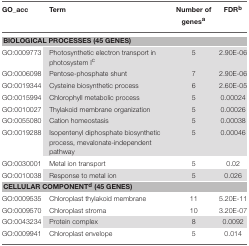
<table><thead><tr><td><b>GO_acc</b></td><td><b>Term</b></td><td><b>Number of genes<sup>a</sup></b></td><td><b>FDR<sup>b</sup></b></td></tr></thead><tbody><tr><td colspan="4"><b>BIOLOGICAL PROCESSES (45 GENES)</b></td></tr><tr><td>GO:0009773</td><td>Photosynthetic electron transport in photosystem I<sup>c</sup></td><td>5</td><td>2.90E-06</td></tr><tr><td>GO:0006098</td><td>Pentose-phosphate shunt</td><td>7</td><td>2.90E-06</td></tr><tr><td>GO:0019344</td><td>Cysteine biosynthetic process</td><td>6</td><td>2.60E-05</td></tr><tr><td>GO:0015994</td><td>Chlorophyll metabolic process</td><td>5</td><td>0.00024</td></tr><tr><td>GO:0010027</td><td>Thylakoid membrane organization</td><td>5</td><td>0.00026</td></tr><tr><td>GO:0055080</td><td>Cation homeostasis</td><td>5</td><td>0.00038</td></tr><tr><td>GO:0019288</td><td>Isopentenyl diphosphate biosynthetic process, mevalonate-independent pathway</td><td>5</td><td>0.00046</td></tr><tr><td>GO:0030001</td><td>Metal ion transport</td><td>5</td><td>0.02</td></tr><tr><td>GO:0010038</td><td>Response to metal ion</td><td>5</td><td>0.026</td></tr><tr><td colspan="4"><b>CELLULAR COMPONENT<sup>d</sup> (45 GENES)</b></td></tr><tr><td>GO:0009535</td><td>Chloroplast thylakoid membrane</td><td>11</td><td>5.20E-11</td></tr><tr><td>GO:0009570</td><td>Chloroplast stroma</td><td>10</td><td>3.20E-07</td></tr><tr><td>GO:0043234</td><td>Protein complex</td><td>8</td><td>0.0092</td></tr><tr><td>GO:0009941</td><td>Chloroplast envelope</td><td>5</td><td>0.014</td></tr></tbody></table>